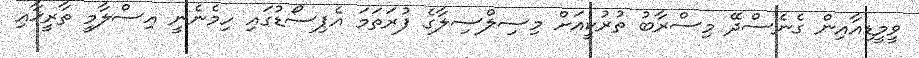
ވީމީޑިއާއިން ގެނެސްދޭ މިސްރާބު ތުރުކީއަށް މިސިލްސިލާގެ ފުރަތަމަ އެޕިސޯޑުގައި ހިމެނެނީ އިސްލާމީ ތާރީޚާއި